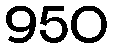
950